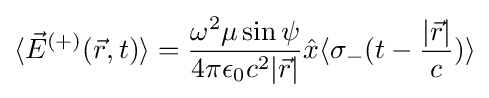
\langle {\vec {E}}^{(+)}({\vec {r}},t)\rangle ={\frac {\omega ^{2}\mu \sin \psi }{4\pi \epsilon _{0}c^{2}|{\vec {r}}|}}{\hat {x}}\langle \sigma _{-}(t-{\frac {|{\vec {r}}|}{c}})\rangle